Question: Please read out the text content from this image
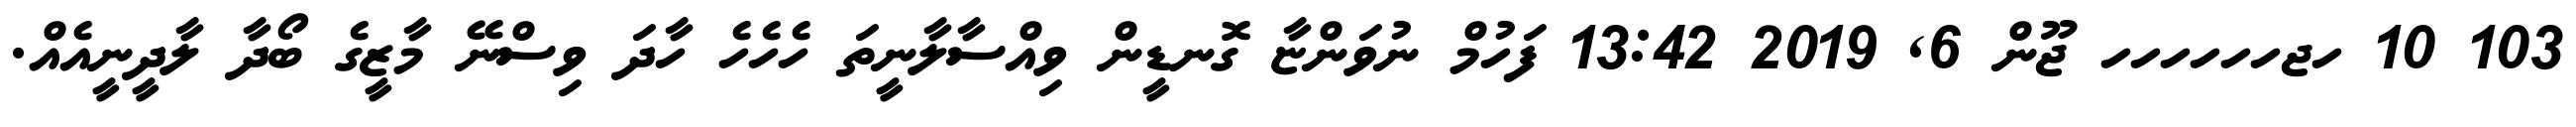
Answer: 103 10 ހޖހހހހހހ ޖޫން 6, 2019 13:42 ފަހުމް ނުވަންޏާ ގޮނޑީން ވިއްސާލާނީތަ ހެހެހެ ހާދަ ވިސްނޭ މާޒީގެ ބޯދާ ލާދީނީއެއް.